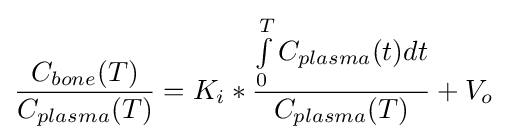
{\frac {C_{bone}(T)}{C_{plasma}(T)}}=K_{i}*{\frac {\int \limits _{0}^{T}C_{plasma}(t)dt}{C_{plasma}(T)}}+V_{o}